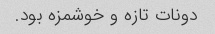
دونات تازه و خوشمزه بود.